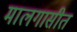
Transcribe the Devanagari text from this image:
मालगासीत